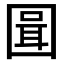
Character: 𭍪